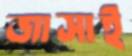
জাসাই